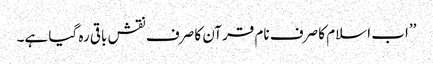
’’اب اسلام کا صرف نام قرآن کا صرف نقش باقی رہ گیا ہے۔